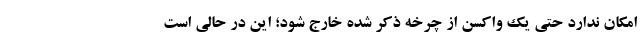
امکان ندارد حتی یک واکسن از چرخه ذکر شده خارج شود؛ این در حالی است